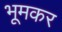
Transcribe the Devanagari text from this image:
भूमकर